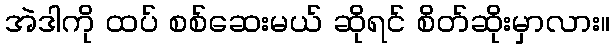
အဲဒါကို ထပ် စစ်ဆေးမယ် ဆိုရင် စိတ်ဆိုးမှာလား။